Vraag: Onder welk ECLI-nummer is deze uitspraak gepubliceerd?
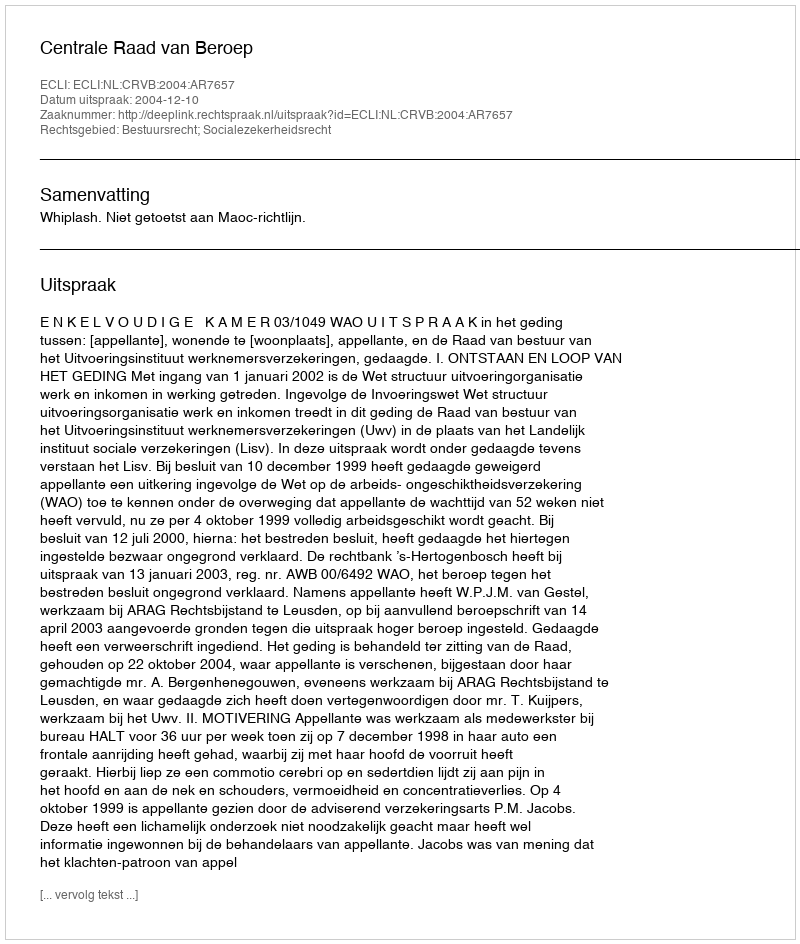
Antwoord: ECLI:NL:CRVB:2004:AR7657